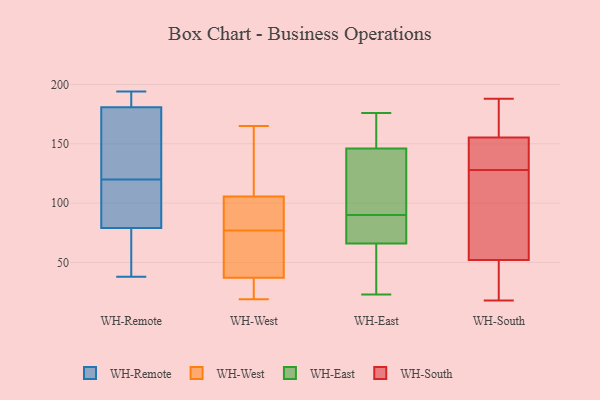
{"axis": {"x": "Gross Profit (USD K)", "y": "Value"}, "legend": ["WH-East", "WH-Remote", "WH-South", "WH-West"], "data": [{"x": "", "y": 194, "type": "WH-Remote"}, {"x": "", "y": 115, "type": "WH-Remote"}, {"x": "", "y": 184, "type": "WH-Remote"}, {"x": "", "y": 78, "type": "WH-Remote"}, {"x": "", "y": 160, "type": "WH-Remote"}, {"x": "", "y": 113, "type": "WH-Remote"}, {"x": "", "y": 120, "type": "WH-Remote"}, {"x": "", "y": 158, "type": "WH-Remote"}, {"x": "", "y": 71, "type": "WH-Remote"}, {"x": "", "y": 60, "type": "WH-Remote"}, {"x": "", "y": 187, "type": "WH-Remote"}, {"x": "", "y": 171, "type": "WH-Remote"}, {"x": "", "y": 82, "type": "WH-Remote"}, {"x": "", "y": 56, "type": "WH-Remote"}, {"x": "", "y": 88, "type": "WH-Remote"}, {"x": "", "y": 185, "type": "WH-Remote"}, {"x": "", "y": 185, "type": "WH-Remote"}, {"x": "", "y": 161, "type": "WH-Remote"}, {"x": "", "y": 38, "type": "WH-Remote"}, {"x": "", "y": 42, "type": "WH-West"}, {"x": "", "y": 35, "type": "WH-West"}, {"x": "", "y": 92, "type": "WH-West"}, {"x": "", "y": 100, "type": "WH-West"}, {"x": "", "y": 62, "type": "WH-West"}, {"x": "", "y": 22, "type": "WH-West"}, {"x": "", "y": 94, "type": "WH-West"}, {"x": "", "y": 36, "type": "WH-West"}, {"x": "", "y": 165, "type": "WH-West"}, {"x": "", "y": 108, "type": "WH-West"}, {"x": "", "y": 114, "type": "WH-West"}, {"x": "", "y": 38, "type": "WH-West"}, {"x": "", "y": 38, "type": "WH-West"}, {"x": "", "y": 103, "type": "WH-West"}, {"x": "", "y": 122, "type": "WH-West"}, {"x": "", "y": 19, "type": "WH-West"}, {"x": "", "y": 104, "type": "WH-East"}, {"x": "", "y": 76, "type": "WH-East"}, {"x": "", "y": 173, "type": "WH-East"}, {"x": "", "y": 66, "type": "WH-East"}, {"x": "", "y": 141, "type": "WH-East"}, {"x": "", "y": 23, "type": "WH-East"}, {"x": "", "y": 70, "type": "WH-East"}, {"x": "", "y": 146, "type": "WH-East"}, {"x": "", "y": 44, "type": "WH-East"}, {"x": "", "y": 176, "type": "WH-East"}, {"x": "", "y": 188, "type": "WH-South"}, {"x": "", "y": 152, "type": "WH-South"}, {"x": "", "y": 108, "type": "WH-South"}, {"x": "", "y": 18, "type": "WH-South"}, {"x": "", "y": 128, "type": "WH-South"}, {"x": "", "y": 56, "type": "WH-South"}, {"x": "", "y": 165, "type": "WH-South"}, {"x": "", "y": 172, "type": "WH-South"}, {"x": "", "y": 31, "type": "WH-South"}, {"x": "", "y": 134, "type": "WH-South"}, {"x": "", "y": 40, "type": "WH-South"}, {"x": "", "y": 140, "type": "WH-South"}, {"x": "", "y": 94, "type": "WH-South"}]}